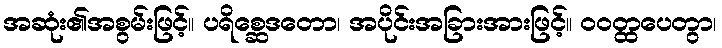
အဆုံး၏အစွမ်းဖြင့်။ ပရိစ္ဆေဒတော၊ အပိုင်းအခြားအားဖြင့်။ ဝဝတ္ထပေတွာ၊